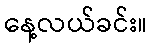
နေ့လယ်ခင်း။